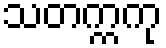
သတက္ကကု